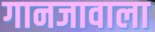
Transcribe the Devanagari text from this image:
गानजावाला